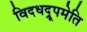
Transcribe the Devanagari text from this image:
विदधद्रूपमेति